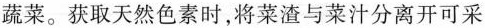
蔬菜。获取天然色素时，将菜渣与菜汁分离开可采